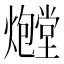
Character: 𪺃